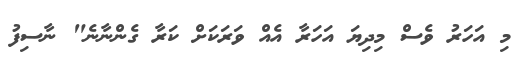
މި އަހަރު ވެސް މިދިޔަ އަހަރާ އެއް ވަރަކަށް ކަރާ ގެންނާނެ" ނާސިފު